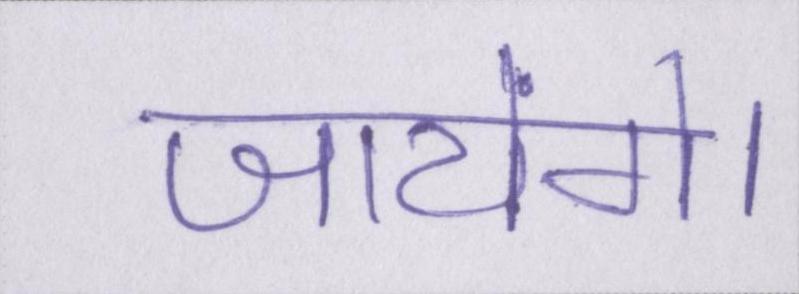
जायेंगे।